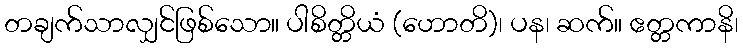
တချက်သာလျှင်ဖြစ်သော။ ပါစိတ္တိယံ (ဟောတိ)၊ ပန၊ ဆက်။ ဧတ္တကာနိ၊